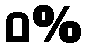
ဝ%